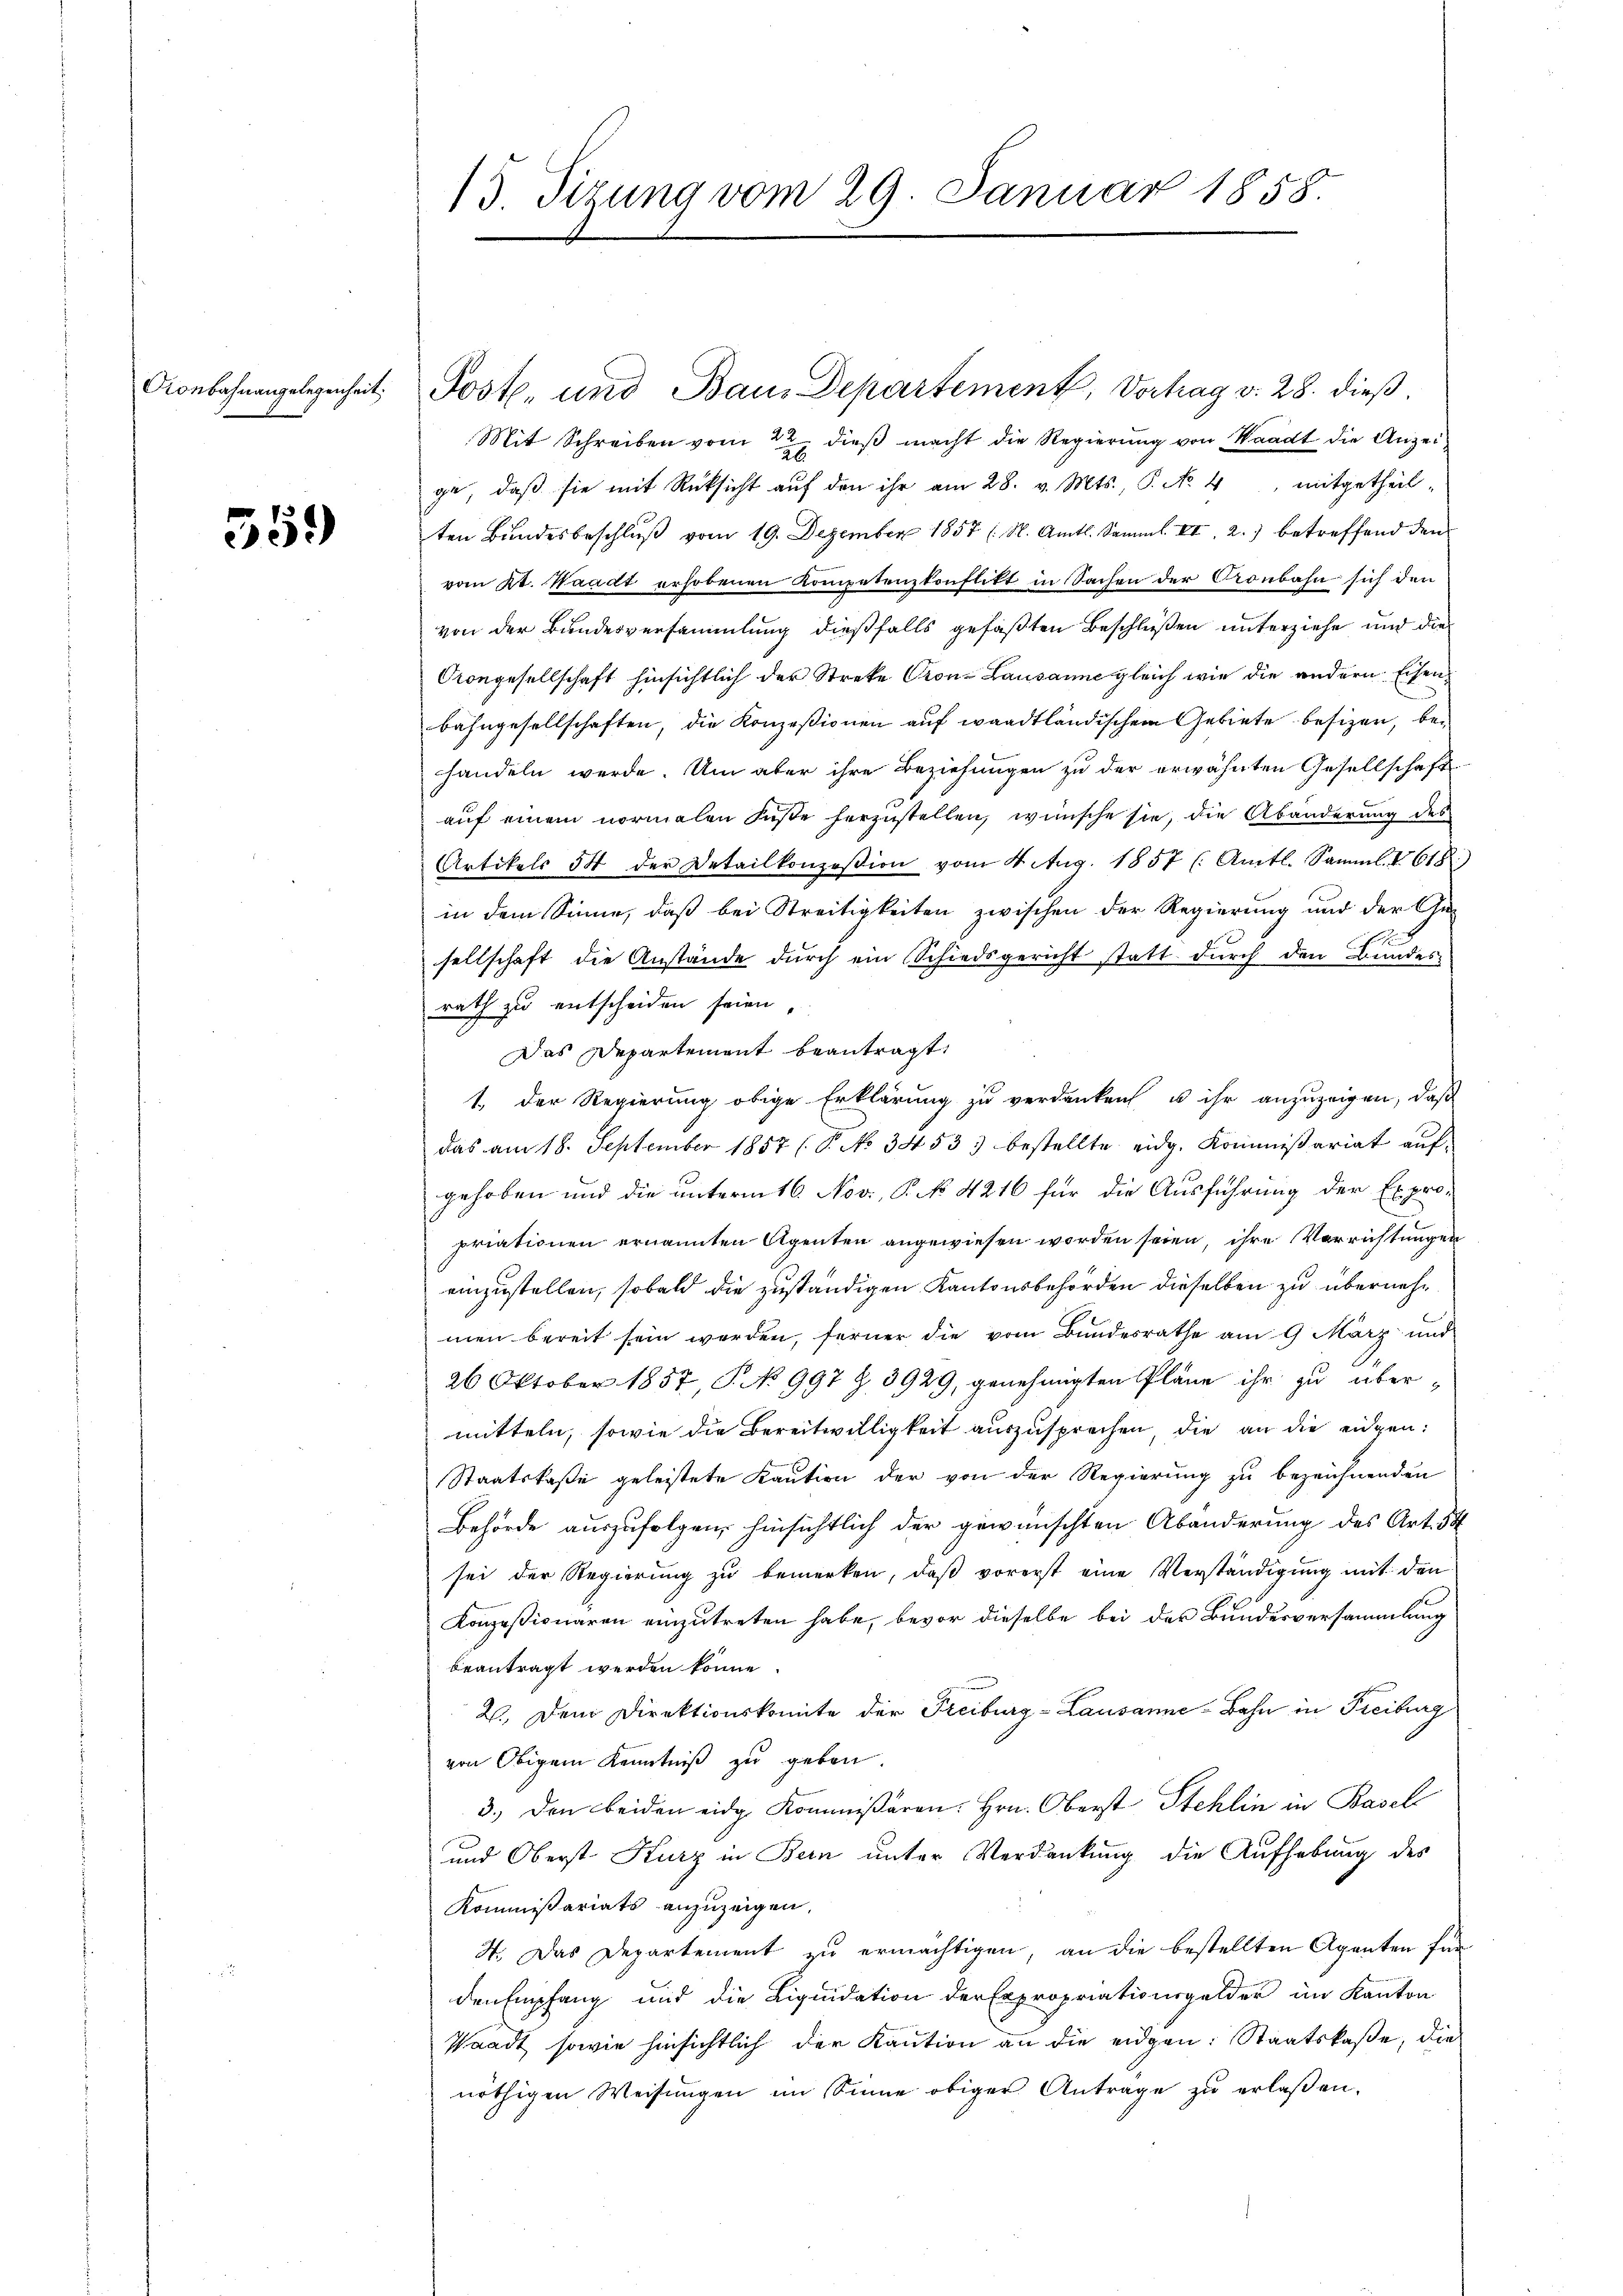
559

15. Sizung vom 29. Januar 1858.

Conbahnangelegenheit. Post, und Bau-Departement, Vorhag v. 28. dieβ.
Mit Schreiben vom 2ten dieß macht die Regierung von Waadt die Anzeige, daβ sie mit Rücksicht auf den ihr am 28. v. Mts., P. Nr. 4, mitgetheilten Bundesbeschlŭβ vom 19. Dezember 1857 (N. Amtl. Samml. II. 2.) betreffend den
vom 2t. Waadt erhobenen Kompetenzkonflikt in Sachen der Pronbahn sich den
von der Bundesversammlung dießfalls gefaßten Beschlüßen unterziehe und die
Gongesellschaft hinsichtlich der Streke Pron Lausanne gleich wie die andern Eisenbahngesellschaften, die Konzesionen auf waadtländischem Gebiete besizen, behandeln werde. Um aber ihre Beziehungen zu der erwähnten Gesellschaft
auf einem normalen Füsse herzustellen, wünsche sie, die Abänderung des
Artikels 54 der Detailkonzesion vom 4. Aug. 1857 (: Amtl. Samml. v. 618
in dem Sinne, daß bei Streitigkeiten zwischen der Regierung und der Ge-
sellschaft die Anstände durch ein Schiedsgericht statt durch den Bundes
rath zu entscheiden seien,
Das Departement beantragt,
1. Der Regierung obige Erklärung zu verdanken u ihr anzuzeigen, daß
das am 18. September 1857 (S. No 34533 bestellte eidg. Kommißariat auf
gehoben und die unterm 16. Nov., P. N. 4216 für die Ausführung der Expro-
priationen ernannten Agenten angewiesen worden seien, ihre Verrichtungen
einzustellen, sobald die zuständigen Kantonsbehörden dieselben zu übernehmen bereit sein werden, ferner die vom Bundesrathe am 9. März und
26 Oktober 1857, P. No 997 Z. 3929, genehmigten Pläne ihr zu über-
mitteln, sowie die Bereitwilligkeit auszusprechen, die an die eidgen:
Staatskaße geleistete Kaution der von der Regierung zu bezeichnenden
Behörde auszufolgen, hinsichtlich der gewünschten Abänderung des Art. 54
sei der Regierung zu bemerken, daß vorerst eine Verständigung mit den
Konzessionaren einzutreten habe, bevor dieselbe bei der Bundesversammlung
beantragt werden könne.
2. Dem Direktionskomite der Freiburg-Lausanne-Bahn in Freiburg
von Obigem Kenntniß zu geben.
3.) Den beiden eidg. Kommissären, Hrn. Oberst Stehlin in Basel
und Oberst Kurz in Bern unter Verdankung die Aufhebung des
Kommißariats anzuzeigen,
4. Das Departement zu ermächtigen, an die bestellten Agenten fürden Empfang und die Liquidation der Expropriationsgelder im Kanton
Waadt sowie hinsichtlich der Kaution an die eidgen: Staatskaße, die
nöthigen Weisungen im Sinne obiger Antrage zu erlaßen.